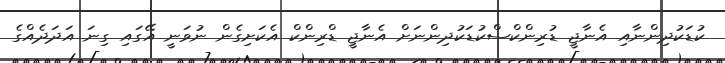
ކުޑަކުދިންނާއި އެނާޖީ ޑުރިންކްސްކުޑަކުދިންނަށް އެނާޖީ ޑްރިންކް އެކަށިގެން ނުވަނީ އޭގައި ގިނަ އަދަދެއްގެ